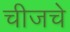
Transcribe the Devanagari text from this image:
चीजचे